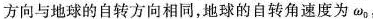
方向与地球的自转方向相同，地球的自转角速度为\omega_{0},